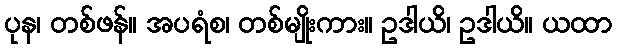
ပုန၊ တစ်ဖန်။ အပရံစ၊ တစ်မျိုးကား။ ဥဒါယိ၊ ဥဒါယိ။ ယထာ